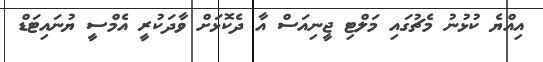
އިއްޔެ ކުޅުނު މެޗުގައި މަލްޓި ޖީނިއަސް އާ ދެކޮޅަށް ވާދަކުރީ އެމްސީ ޔުނައިޓަޑް